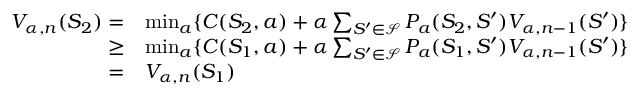
\begin{array} { r l } { V _ { \alpha , n } ( S _ { 2 } ) = } & { \operatorname* { m i n } _ { a } \{ C ( S _ { 2 } , a ) + \alpha \sum _ { S ^ { \prime } \in { \mathcal { S } } } P _ { a } ( S _ { 2 } , S ^ { \prime } ) V _ { \alpha , n - 1 } ( S ^ { \prime } ) \} } \\ { \geq } & { \operatorname* { m i n } _ { a } \{ C ( S _ { 1 } , a ) + \alpha \sum _ { S ^ { \prime } \in { \mathcal { S } } } P _ { a } ( S _ { 1 } , S ^ { \prime } ) V _ { \alpha , n - 1 } ( S ^ { \prime } ) \} } \\ { = } & { V _ { \alpha , n } ( S _ { 1 } ) } \end{array}